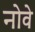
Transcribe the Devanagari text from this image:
नोवे